Vaccine operations Central Provinces 1868-1885 - 1868-1885
Year: 1868
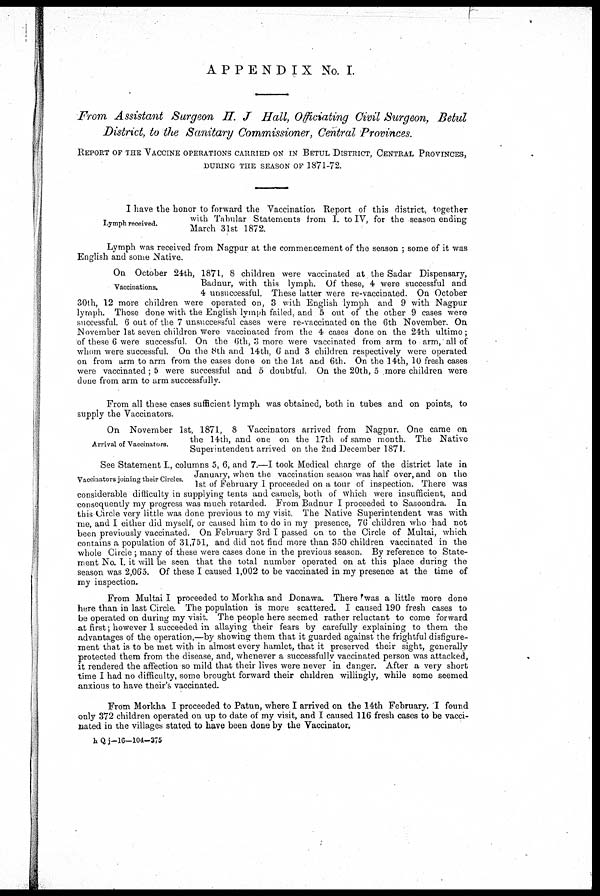
APPENDIX No. I.
From Assistant Surgeon H. J Hall, Officiating Civil Surgeon, Betul
District, to the Sanitary Commissioner, Central Provinces.
REPORT OF THE VACCINE OPERATIONS CARRIED ON IN BETUL DISTRICT, CENTRAL PROVINCES,
DURING THE SEASON OF 1871-72.
Lymph received.
I have the honor to forward the Vaccination Report of this district, together
with Tabular Statements from I. to IV, for the season ending
March 31st 1872.
Lymph was received from Nagpur at the commencement of the season ; some of it was
English and some Native.
Vaccinations.
On October 24th, 1871, 8 children were vaccinated at the Sadar Dispensary,
Badnur, with this lymph. Of these, 4 were successful and
4 unsuccessful. These latter were re-vaccinated. On October
30th, 12 more children were operated on, 3 with English lymph and 9 with Nagpur
lymph. Those done with the English lymph failed, and 5 out of the other 9 cases were
successful. 6 out of the 7 unsuccessful cases were re-vaccinated on the 6th November. On
November 1st seven children were vaccinated from the 4 cases done on the 24th ultimo;
of these 6 were successful. On the 6th, 3 more were vaccinated from arm to arm, all of
whom were successful. On the 8th and 14th, 6 and 3 children respectively were operated
on from arm to arm from the cases done on the 1st and 6th. On the 14th, 10 fresh cases
were vaccinated; 5 were successful and 5 doubtful. On the 20th, 5 more children were
done from arm to arm successfully.
From all these cases sufficient lymph was obtained, both in tubes and on points, to
supply the Vaccinators.
Arrival of Vaccinators.
On November 1st, 1871, 8 Vaccinators arrived from Nagpur. One came on
the 14th, and one on the 17th of same month. The Native
Superintendent arrived on the 2nd December 1871.
Vaccinators joining their Circles.
See Statement I., columns 5, 6, and 7.—I took Medical charge of the district late in
January, when the vaccination season was half over, and on the
1st of February 1 proceeded on a tour of inspection. There was
considerable difficulty in supplying tents and camels, both of which were insufficient, and
consequently my progress was much retarded. From Badnur I proceeded to Sasoondra. In
this Circle very little was done previous to my visit. The Native Superintendent was with
me, and I either did myself, or caused him to do in my presence, 76 children who had not
been previously vaccinated. On February 3rd I passed on to the Circle of Multai, which
contains a population of 31,751, and did not find more than 350 children vaccinated in the
whole Circle ; many of these were cases done in the previous season. By reference to State-
ment No. I. it will be seen that the total number operated on at this place during the
season was 2,065. Of these I caused 1,002 to be vaccinated in my presence at the time of
my inspection.
From Multai I proceeded to Morkha and Donawa. There 'was a little more done
here than in last Circle. The population is more scattered. I caused 190 fresh cases to
be operated on during my visit. The people here seemed rather reluctant to come forward
at first; however I succeeded in allaying their fears by carefully explaining to them the
advantages of the operation,—by showing them that it guarded against the frightful disfigure-
ment that is to be met with in almost every hamlet, that it preserved their sight, generally
protected them from the disease, and, whenever a successfully vaccinated person was attacked,
it rendered the affection so mild that their lives were never in danger. After a very short
time I had no difficulty, some brought forward their children willingly, while some seemed
anxious to have their's vaccinated.
From Morkha I proceeded to Patun, where I arrived on the 14th February. I found
only 372 children operated on up to date of my visit, and I caused 116 fresh cases to be vacci-
nated in the villages stated to have been done by the Vaccinator.
h Q j-16-104-375